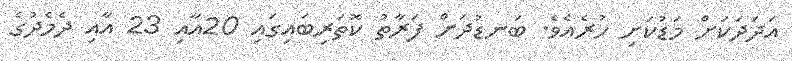
އަދަދަކަށް މަޑުކަށި ހުރެއެވެ. ބަނޑުދަށް ފަރާތު ކޮތަރިބައިގައި 20އާއި 23 އާއި ދެމެދުގެ